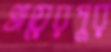
খায়েরপুর